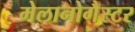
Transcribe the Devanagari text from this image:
मेलानोगैस्टर